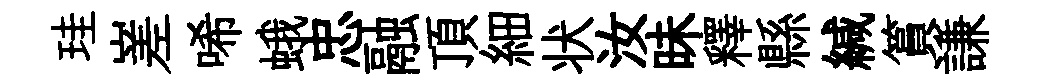
珪嵳唏蛾忠融頂細状汝昧釋縣緘篔謙